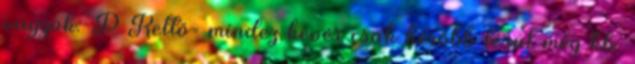
vagyok:-P Kettő= mindez kevés csak később térül meg kb.